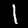
Label: 1